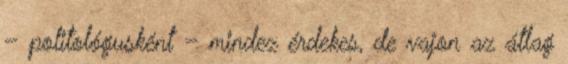
– politológusként – mindez érdekes, de vajon az átlag